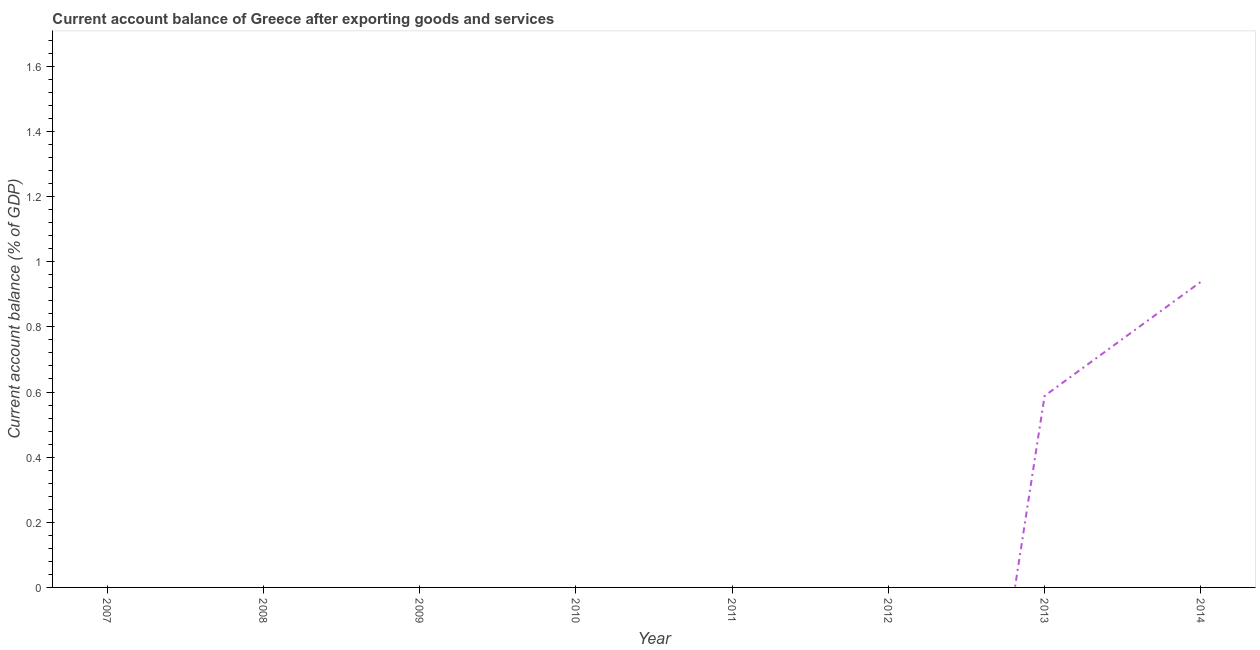
| Year | Current account balance |
 | --- | --- |
 | 2007 | -14 |
 | 2008 | -14.5 |
 | 2009 | -10.9 |
 | 2010 | -10.1 |
 | 2011 | -9.93 |
 | 2012 | -2.51 |
 | 2013 | 0.588 |
 | 2014 | 0.938 |